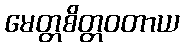
မေတ္တစိတ္တဝတာယ